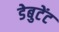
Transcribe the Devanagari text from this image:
डेबुटेंट